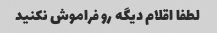
لطفا اقلام دیگه رو فراموش نکنید